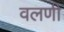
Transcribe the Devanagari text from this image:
वलणी